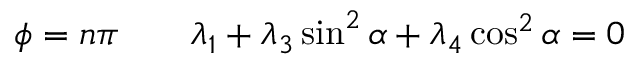
\phi = n \pi \qquad \lambda _ { 1 } + \lambda _ { 3 } \sin ^ { 2 } \alpha + \lambda _ { 4 } \cos ^ { 2 } \alpha = 0